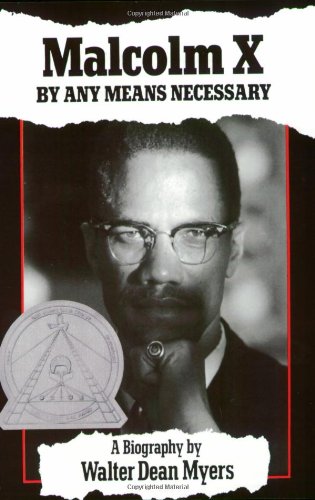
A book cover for Malcolm X: By Any Means Necessary; Walter Dean Myers; Biographies & Memoirs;